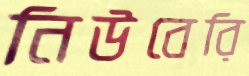
নিউবেরি